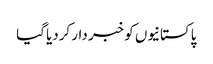
پاکستانیوں کو خبر دار کردیا گیا